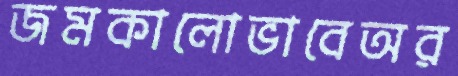
জমকালোভাবেঅর